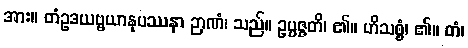
အား။ တံဥဒယဗ္ဗယာနုပဿနာ ဉာဏံ၊ သည်။ ဥပ္ပဇ္ဇတိ၊ ၏။ ဟိသစ္စံ၊ ၏။ တံ၊